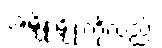
အမျိုးမျိုးကိုလည်း